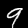
Label: 9